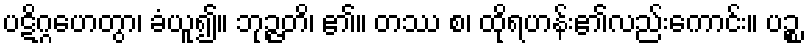
ပဋိဂ္ဂဟေတွာ၊ ခံယူ၍။ ဘုဉ္ဇတိ၊ ၏။ တဿ စ၊ ထိုရဟန်း၏လည်းကောင်း။ ပဉ္စ